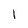
Character: 1